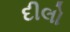
દીલો